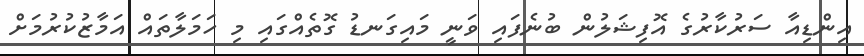
އިންޑިއާ ސަރުކާރުގެ އޮފިޝަލުން ބުނެފައި ވަނީ މައިގަނޑު ގޮތެއްގައި މި ހަމަލާތައް އަމާޒުކުރުމަށް